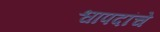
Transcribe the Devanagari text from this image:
श्वापदांचे